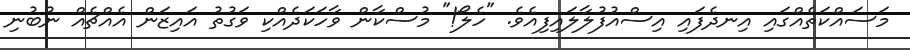
މަސައްކަތެއްގައި އިނދެފައި އިސްއުފުލާލައިފިއެވެ. "ހެލޯ!" މުސްކާން ވާހަކަދެއްކި ވަގުތު އައިޒަން އެއްޗެއް ނުބުނި